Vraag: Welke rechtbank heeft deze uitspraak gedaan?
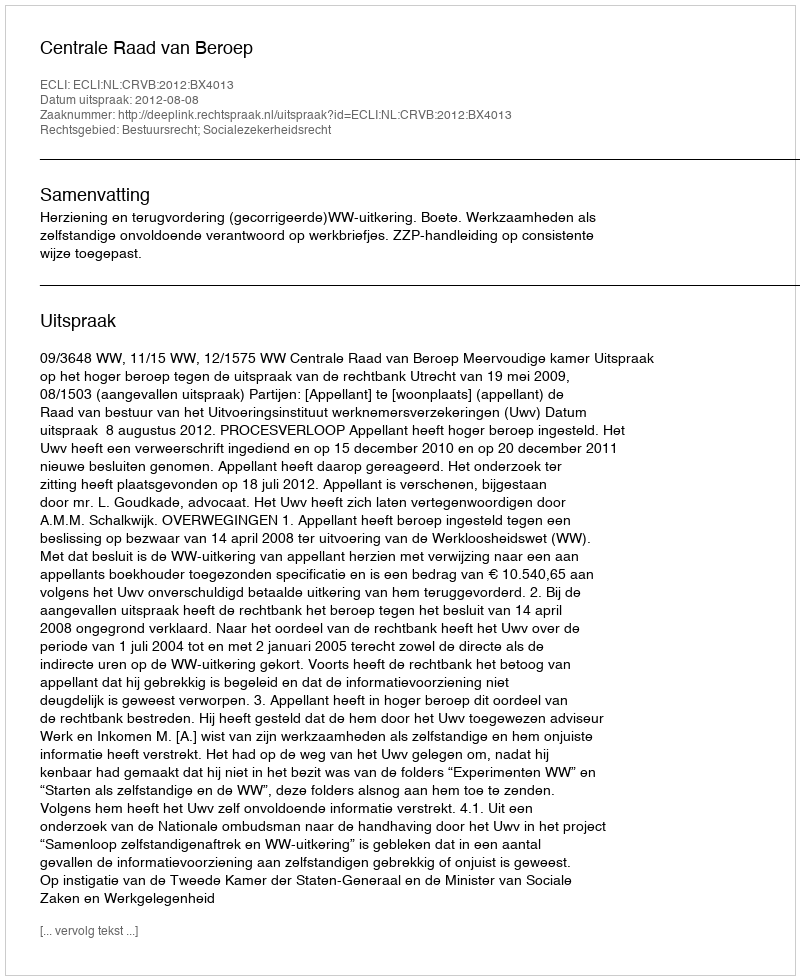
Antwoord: Centrale Raad van Beroep